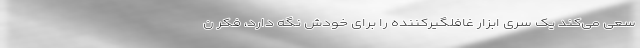
سعی می‌کند یک سری ابزار غافلگیرکننده را برای خودش نگه دارد، فکر ن